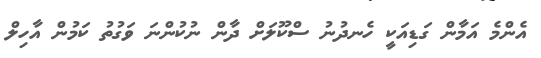
އެންމެ އަމާން ގަޑިއަކީ ހެނދުނު ސްކޫލަށް ދާން ނުކުންނަ ވަގުތު ކަމުން އާހިލް